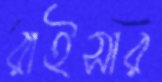
রাইসার